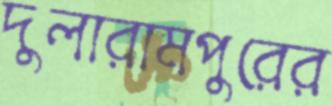
দুলারামপুরের